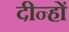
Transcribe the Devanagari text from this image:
दीन्हों